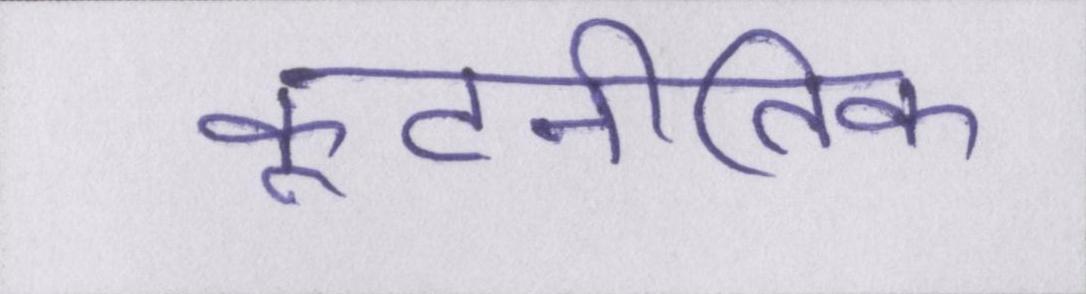
कूटनीतिक